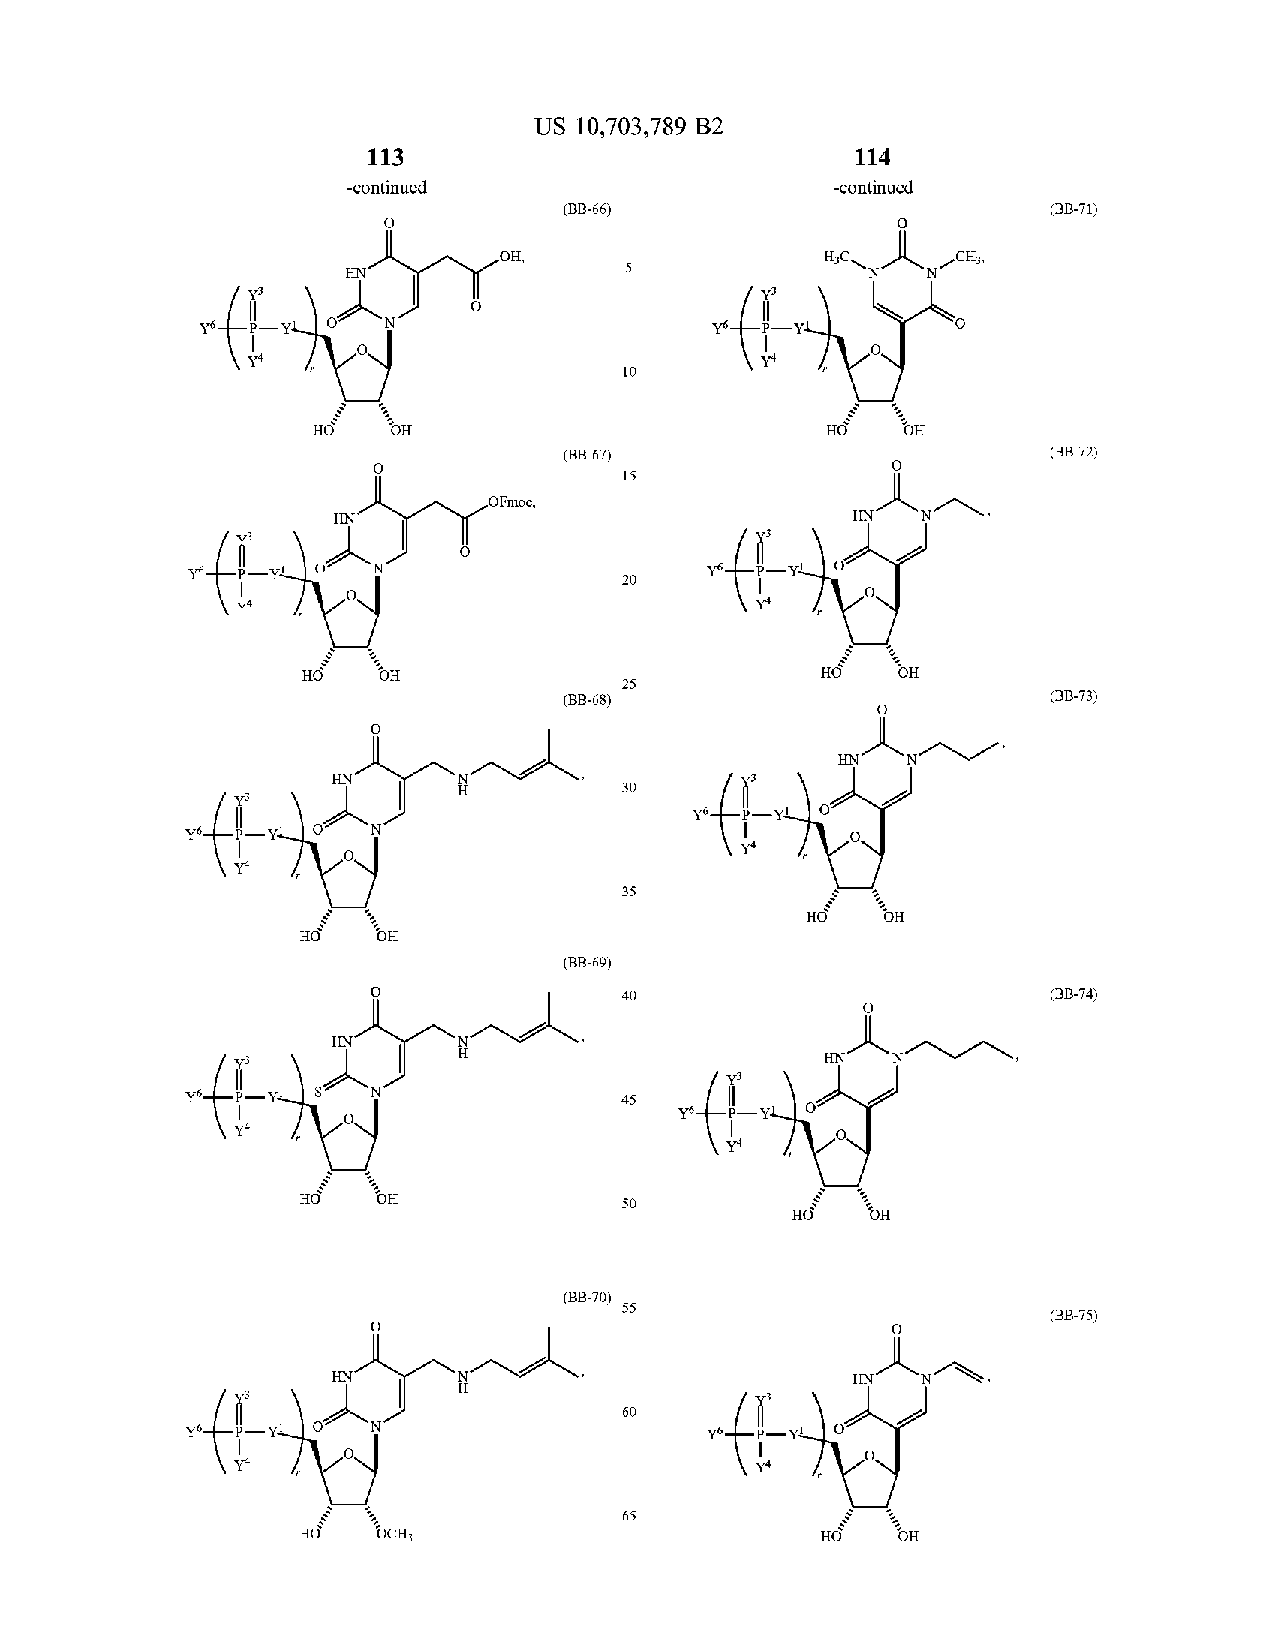
US 10,703,789 B2
 113                             114
 -continued                      -continued
 (B B -6 6 )                      (B B -7 1)
 ?? ,                  H3C     CH3,
 HN                 5              ' N
 Yo . -Y      N                    ?6.  -Y !
 Y4                                Y4
 10
 HO                                     POH
 ( BB -6 7)                       (B B - 72)
 15
 OFmoc ,
 HN                                HN
 th
 yo.
 YÓ          N
 20
 Y4
 OH                                OH
 25
 (B B -6 8 )                      ( BB - 73 )
 HN   N
 HN
 30
 ?? .
 YO    YL     N
 Y4
 Y4
 35
 HO   OH
 HO   OH
 ( BB -6 9)
 40                           (B B - 74 )
 HN
 f       HN
 Y6   -Y      N               45
 ??.  -Y
 Y4
 POH
 50         HO   "O H
 (B B -7 0 )
 55                           (B B - 75 )
 HN                                HN
 H
 60
 Y6.  -Y !    N                     YO.
 Y4                                Y4
 65
 HO   OCH3                         HO   OH